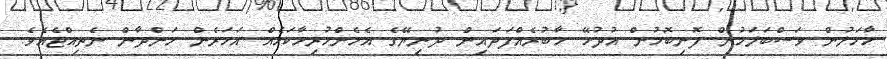
މާމަލުން ވަސްބަލަމުން ފޮނިބޮމުން އުދުހޭ މާބުރެއްފަދައިން ދުނިޔޭގެ އެހެންހުރިހާކަމެއް އަހަރެން ހަންދާން ނެތިއްޖެއެވެ.